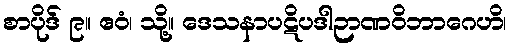
စာပိုဒ် ၉။ ဧဝံ၊ သို့။ ဒေသနာပဋိပဒါဉာဏဝိဘာဂေဟိ၊